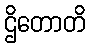
ဌိတောတိ